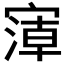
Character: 𰍘